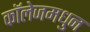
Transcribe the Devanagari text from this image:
कॉलेजमधुन